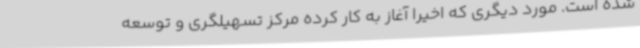
شده است. مورد دیگری که اخیرا آغاز به کار کرده مرکز تسهیلگری و توسعه